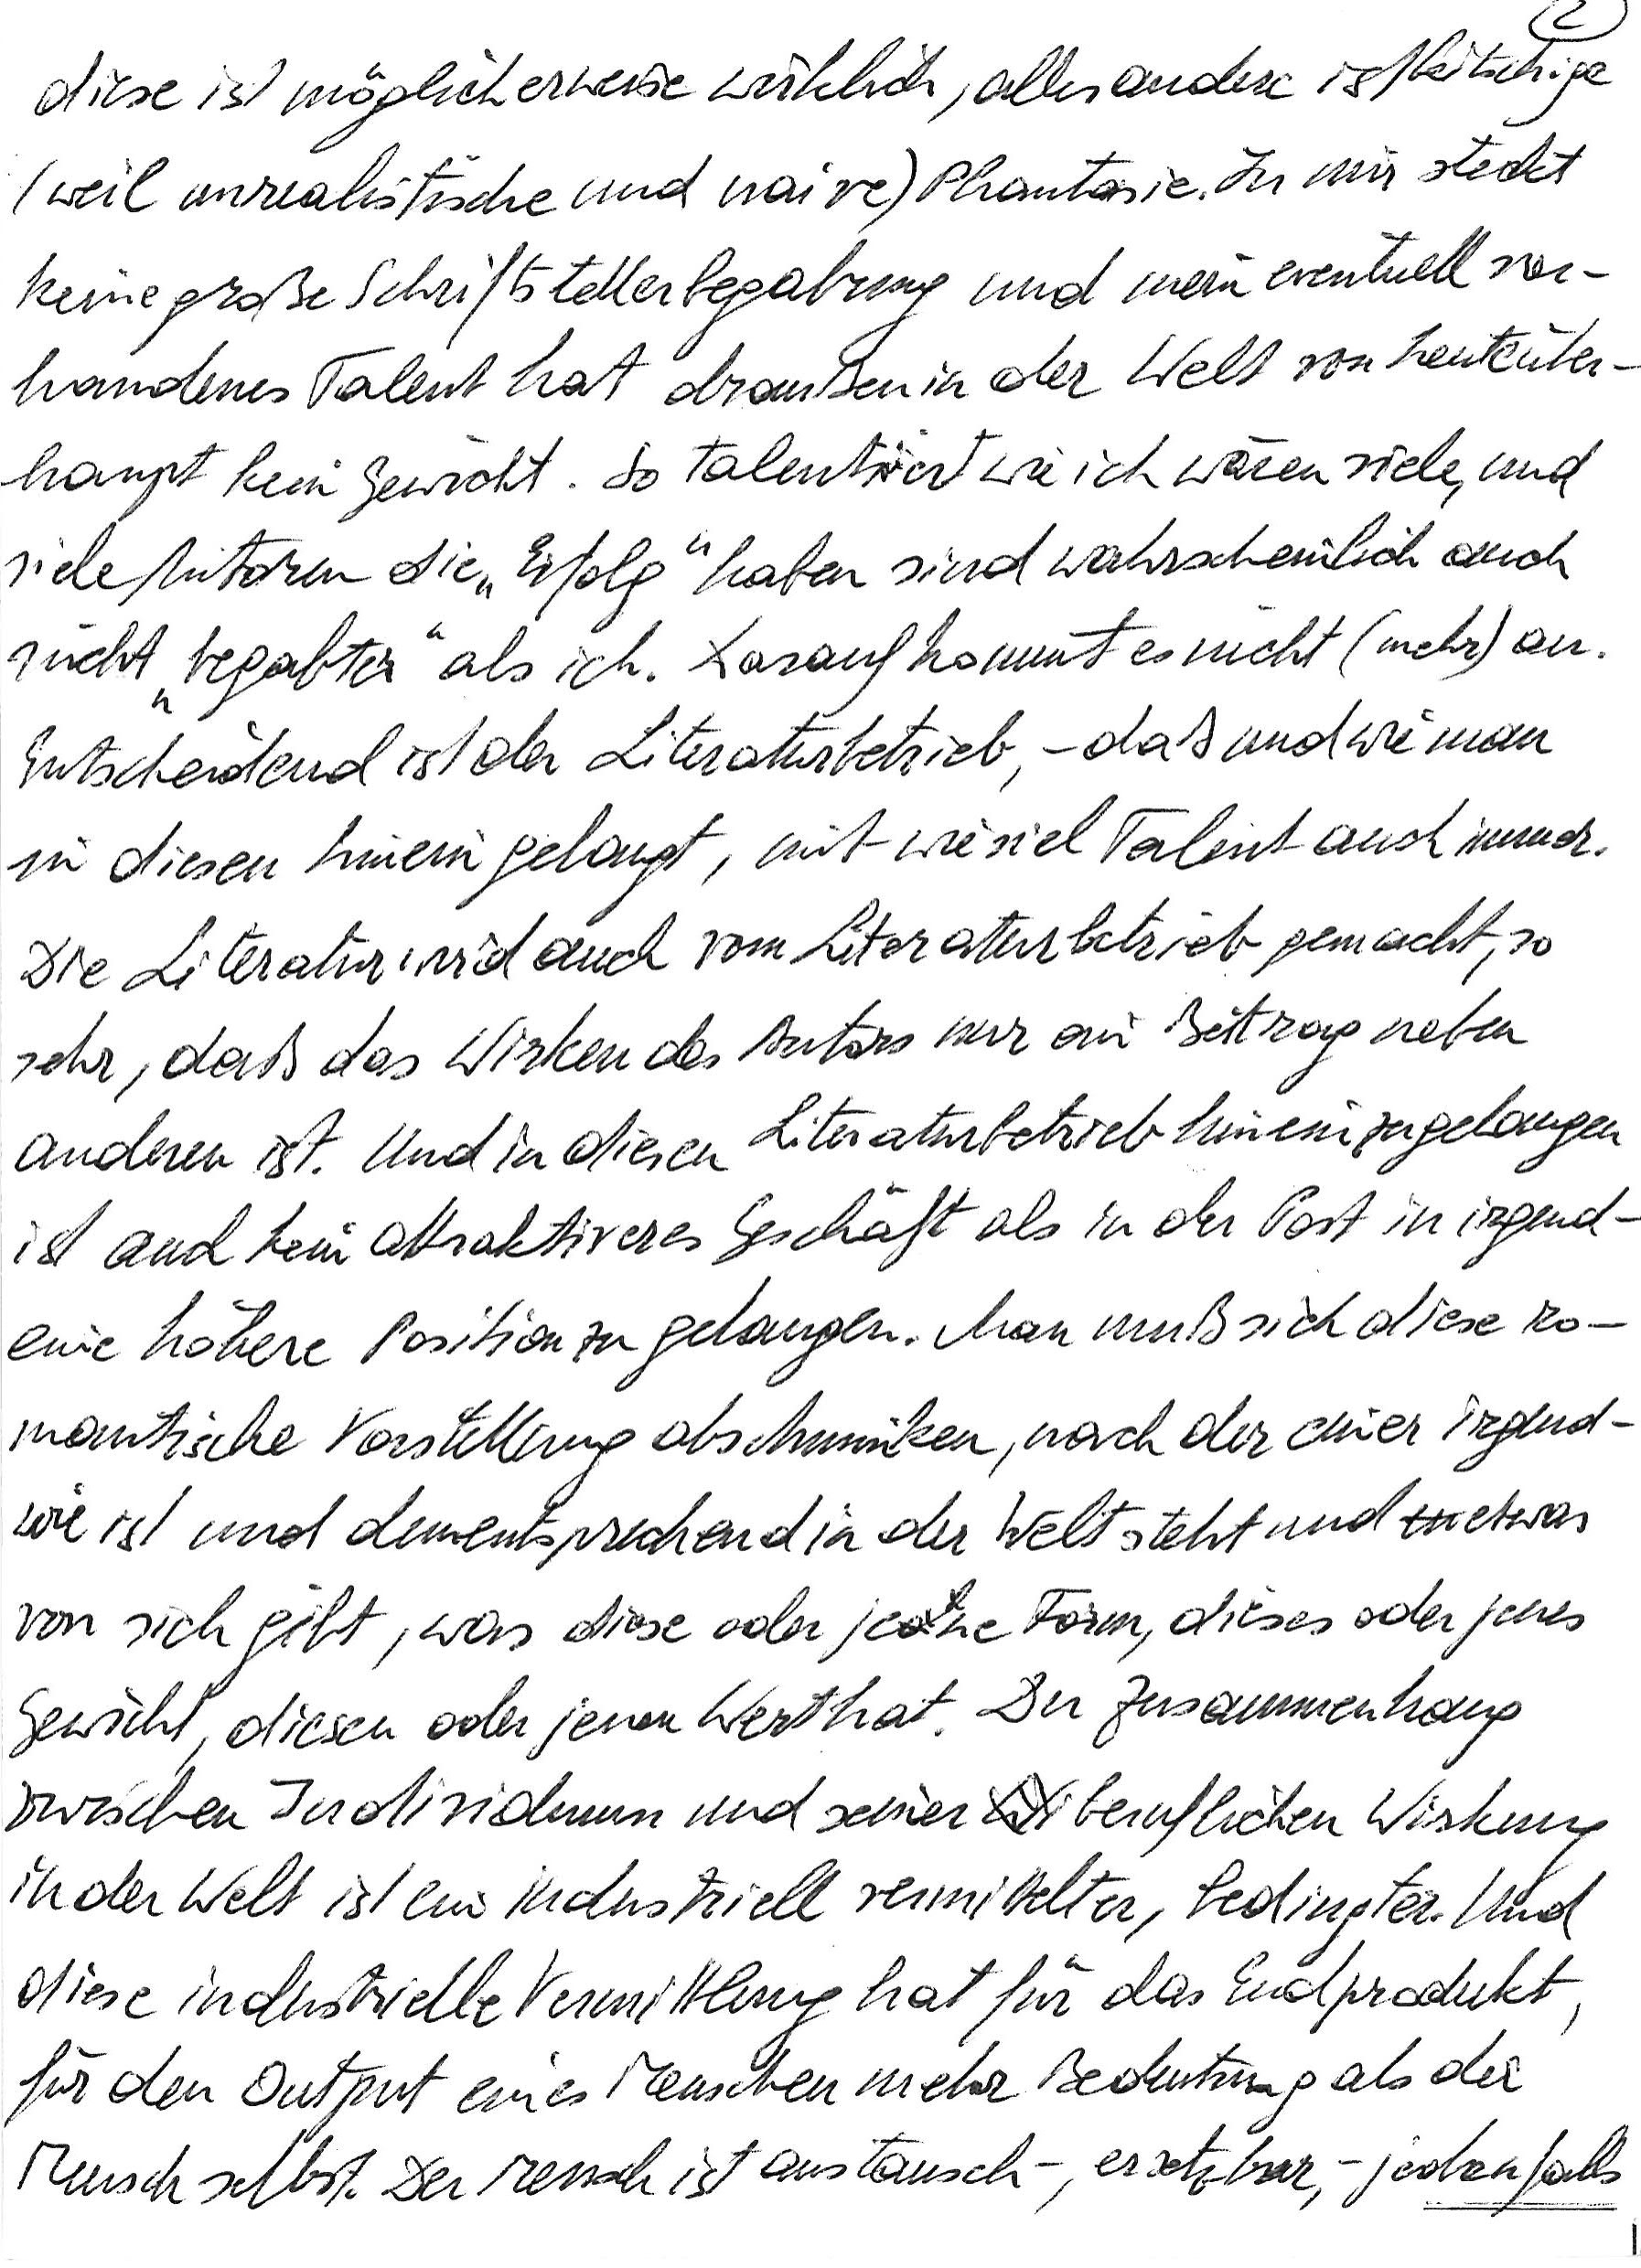
diese ist möglicherweise wirklich, alles andere ist kitschige
(weil unrealistische und naive) Phantasie. In mir steckt
keine große Schriftstellerbegabung und mein eventuell vor-
handenes Talent hat draußen in der Welt von heute über-
haupt kein Gewicht. So talentiert wie ich wären viele, und
viele Autoren die „Erfolg“ haben sind wahrscheinlich auch
nicht „begabter“ als ich. Darauf kommt es nicht (mehr) an.
Entscheidend ist der Literaturbetrieb, – daß und wie man
in diesen hineingelangt, mit wieviel Talent auch immer.
Die Literatur wird auch vom Literaturbetrieb gemacht, so
sehr, daß das Wirken des Autors nur ein Beitrag neben
anderen ist. Und in diesen Literaturbetrieb hineinzugelangen
ist auch kein attraktiveres Geschäft als in der Post in irgend-
eine höhere Position zu gelangen. Man muß sich diese ro-
mantische Vorstellung abschminken, nach der einer irgend-
wie ist und dementsprechend in der Welt steht und etwas
von sich gibt, was diese oder jene Form, dieses oder jenes
Gewicht, diesen oder jenen Wert hat. Der Zusammenhang
zwischen Individuum und seiner beruflichen Wirkung
in der Welt ist ein industriell vermittelter, bedingter. Und
diese industrielle Vermittlung hat für das Endprodukt,
für den Output eines Menschen mehr Bedeutung als der
Mensch selbst. Der Mensch ist austausch-, ersetzbar, – jedenfalls